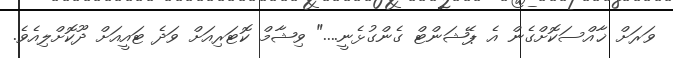
ވަރަށް ޚާއްސަކޮށްގެން އެ ޕޭޝަންޓް ގެންގުޅެނީ...." ވިޝާމް ކޮޓަރިއަށް ވަދެ ޓައީއަށް ދޫކޮށްލިއެވެ.